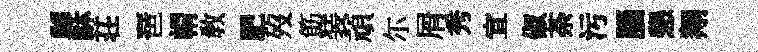
“酥荘琶㡌教肥歿筯装頑尓屑秀宣俶荼污腦懇翔